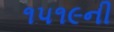
૧૫૧૯ની